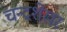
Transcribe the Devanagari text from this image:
चन्‍द्रशेखर